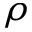
\rho